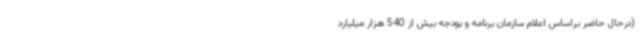
(درحال حاضر براساس اعلام سازمان برنامه و بودجه بیش از 540 هزار میلیارد